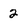
Character: 2